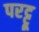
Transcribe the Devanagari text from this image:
परट्टू